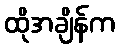
ထိုအချိန်က